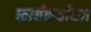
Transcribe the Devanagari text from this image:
कार्यकर्यांच्या